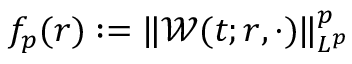
f _ { p } ( r ) : = \| \mathcal { W } ( t ; r , \cdot ) \| _ { L ^ { p } } ^ { p }